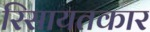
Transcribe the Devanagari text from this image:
रिसायतकार